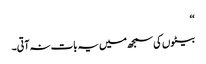
‘‘
بیٹوں کی سمجھ میں یہ بات نہ آتی۔